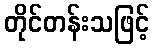
တိုင်တန်းသဖြင့်